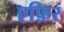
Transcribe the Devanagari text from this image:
एफ़िर